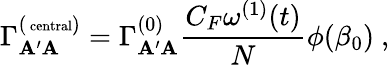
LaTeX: \Gamma_{\mathbf{A}^{\prime}\mathbf{A}}^{(\mathrm{{\scriptsize~{central}}})}=\Gamma_{\mathbf{A}^{\prime}\mathbf{A}}^{(0)}\frac{{C_{F}\omega^{(1)}(t)}}{{N}}\phi(\beta_{0})~,